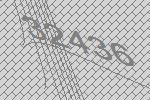
32436